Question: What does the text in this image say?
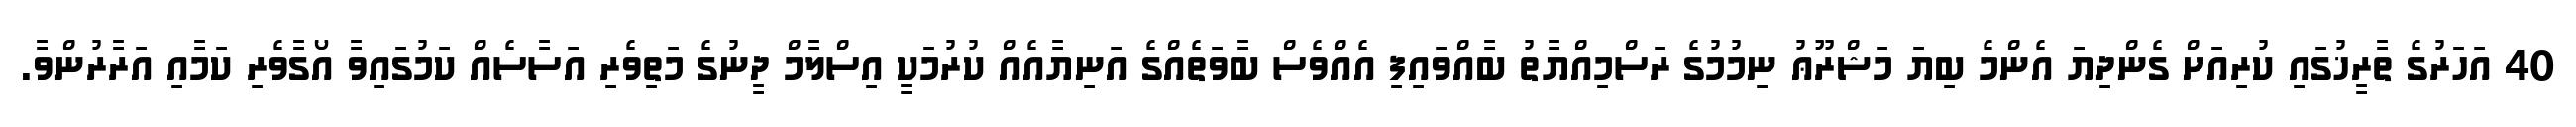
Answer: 40 އަހަރުގެ ތާރީޚުގައި ކުރިއަށް ގެންދިޔަ އެންމެ ބިޔަ މަޝްރޫޢު ނިމުމުގެ ރަސްމިއްޔާތު ބާއްވައިފި އެއްވެސް ބާވަތެއްގެ އަނިޔާއެއް ކުރުމަކީ އިސްލާމް ދީނުގެ މަތިވެރި އަސާސެއް ކަމުގައިވާ އޯގާވެރި ކަމާއި އަރާރުންވާ.